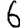
Digit: 6